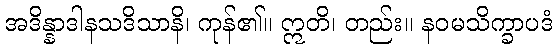
အဒိန္နာဒါနသဒိသာနိ၊ ကုန်၏။ ဣတိ၊ တည်း။ နဝမသိက္ခာပဒံ